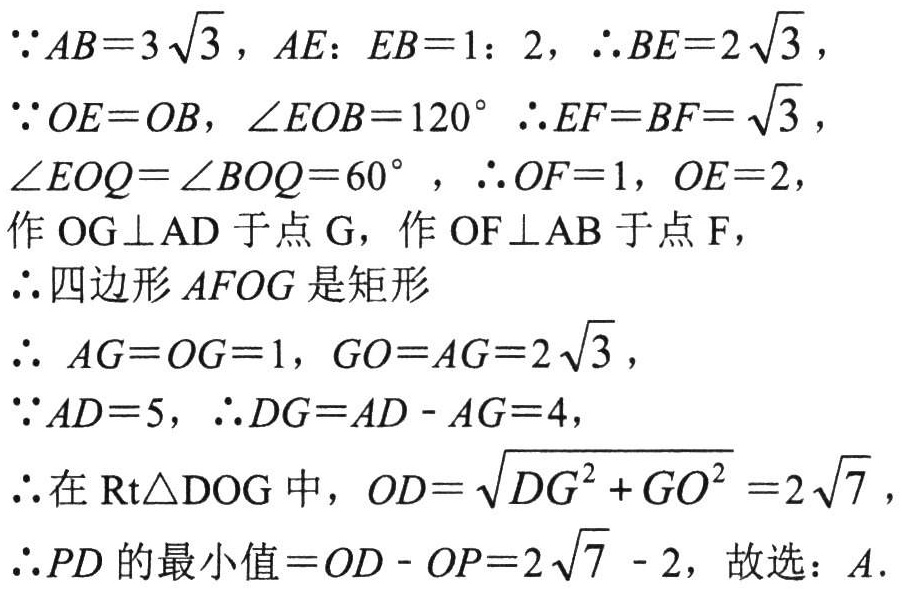
\(\because AB = 3\sqrt{3}, AE:EB = 1:2, \therefore BE = 2\sqrt{3},\)
\(\because OE = OB, \angle EOB = 120^{\circ} \therefore EF = BF = \sqrt{3},\)
\(\angle EOQ=\angle BOQ = 60^{\circ}, \therefore OF = 1, OE = 2,\)
作 \(OG\perp AD\) 于点 \(G\)，作 \(OF\perp AB\) 于点 \(F\)，
\(\therefore\) 四边形 \(AFOG\) 是矩形
\(\therefore  AG = OG = 1, GO = AG = 2\sqrt{3},\)
\(\because AD = 5, \therefore DG = AD - AG = 4,\)
\(\therefore\) 在 \(\text{Rt}\triangle DOG\) 中，\(OD=\sqrt{DG^{2}+GO^{2}} = 2\sqrt{7},\)
\(\therefore PD\) 的最小值 \(= OD - OP = 2\sqrt{7}-2\)，故选：\(A\).